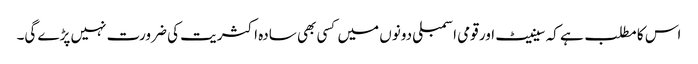
اس کا مطلب ہے کہ سینیٹ اور قومی اسمبلی دونوں میں کسی بھی سادہ اکثریت کی ضرورت نہیں پڑے گی۔